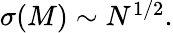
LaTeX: \begin{array}{r}{\sigma(M)\sim N^{1/2}.}\end{array}